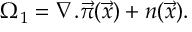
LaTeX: \Omega _ { 1 } = \nabla . \vec { \pi } ( \vec { x } ) + n ( \vec { x } ) .